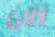
الان